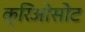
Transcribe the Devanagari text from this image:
क्रिओसोट